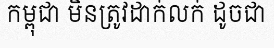
កម្ពុជា មិនត្រូវដាក់លក់ ដូចជា